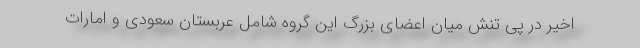
اخیر در پی تنش میان اعضای بزرگ این گروه شامل عربستان سعودی و امارات